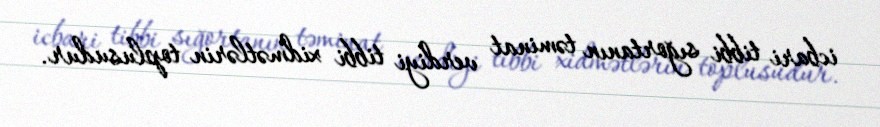
icbari tibbi sığortanın təminat verdiyi tibbi xidmətlərin toplusudur.